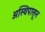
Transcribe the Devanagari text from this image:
अस्थिपासून